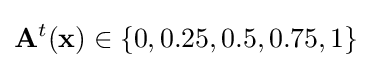
\mathbf {A} ^{t}(\mathbf {x} )\in \{0,0.25,0.5,0.75,1\}